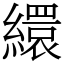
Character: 繯